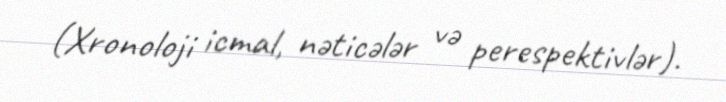
(Xronoloji icmal, nəticələr və perespektivlər).